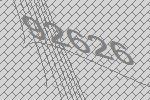
92626